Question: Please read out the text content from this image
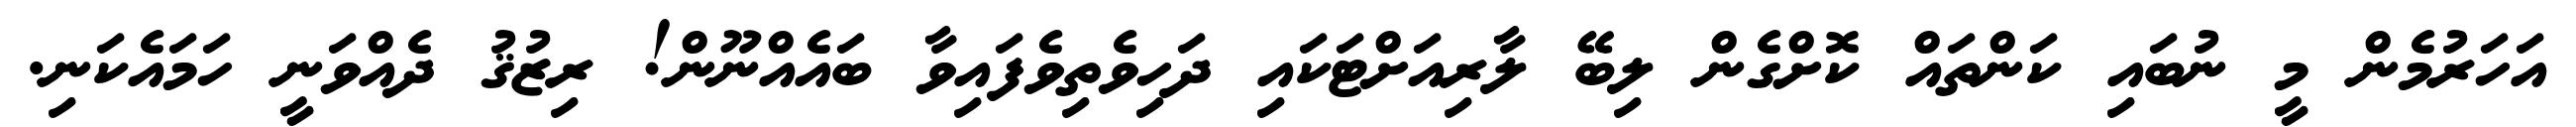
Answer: އަހަރުމެން މީ ނުބައި ކަންތައް ކޮށްގެން ލިބޭ ލާރިއަށްޓަކައި ދަހިވެތިވެފައިވާ ބައެއްނޫން! ރިޒުޤު ދެއްވަނީ ހަމައެކަނި.